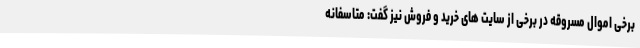
برخی اموال مسروقه در برخی از سایت های خرید و فروش نیز گفت: متاسفانه